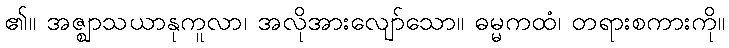
၏။ အဇ္ဈာသယာနုကူလာ၊ အလိုအားလျော်သော။ ဓမ္မကထံ၊ တရားစကားကို။